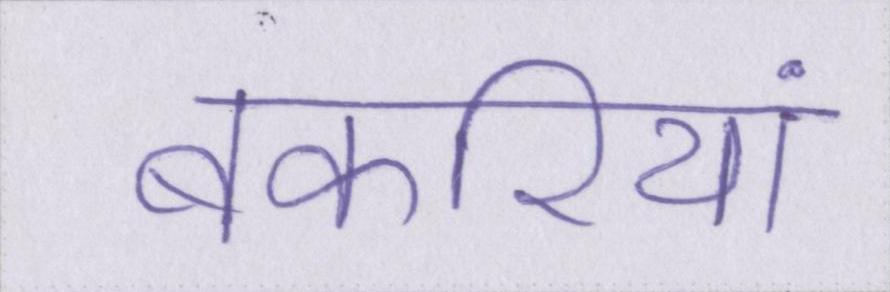
बकरियां